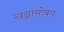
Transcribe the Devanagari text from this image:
खन्नासोबत